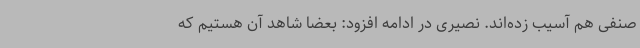
صنفی هم آسیب زده‌اند. نصیری در ادامه افزود: بعضا شاهد آن هستیم که